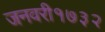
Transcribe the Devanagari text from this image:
जनवरी१७३२